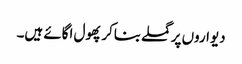
دیواروں پر گملے بناکر پھول اگائے ہیں۔